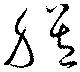
膳